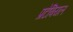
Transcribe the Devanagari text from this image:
प्रटेबियल